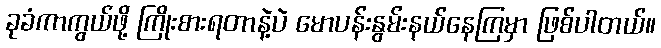
ခုခံကာကွယ်ဖို့ ကြိုးစားရတာနဲ့ပဲ မောပန်းနွမ်းနယ်နေကြမှာ ဖြစ်ပါတယ်။